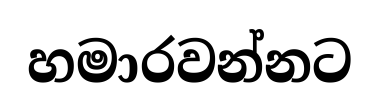
හමාරවන්නට